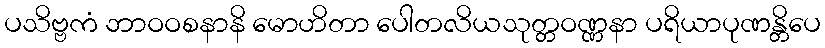
ပသိဗ္ဗကံ ဘာဝဝစနာနိ မောဟိတာ ပေါတလိယသုတ္တဝဏ္ဏနာ ပရိယာပုဏန္တိပေ